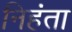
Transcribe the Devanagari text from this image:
निहंता